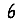
Digit: 6